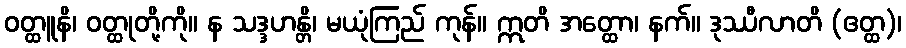
ဝတ္ထူနိ၊ ဝတ္ထုတို့ကို။ န သဒ္ဒဟန္တိ၊ မယုံကြည် ကုန်။ ဣတိ အတ္ထော၊ နက်။ ဒုဿီလာတိ (ဧတ္ထ)၊